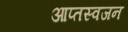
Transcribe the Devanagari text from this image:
आप्तस्वजन